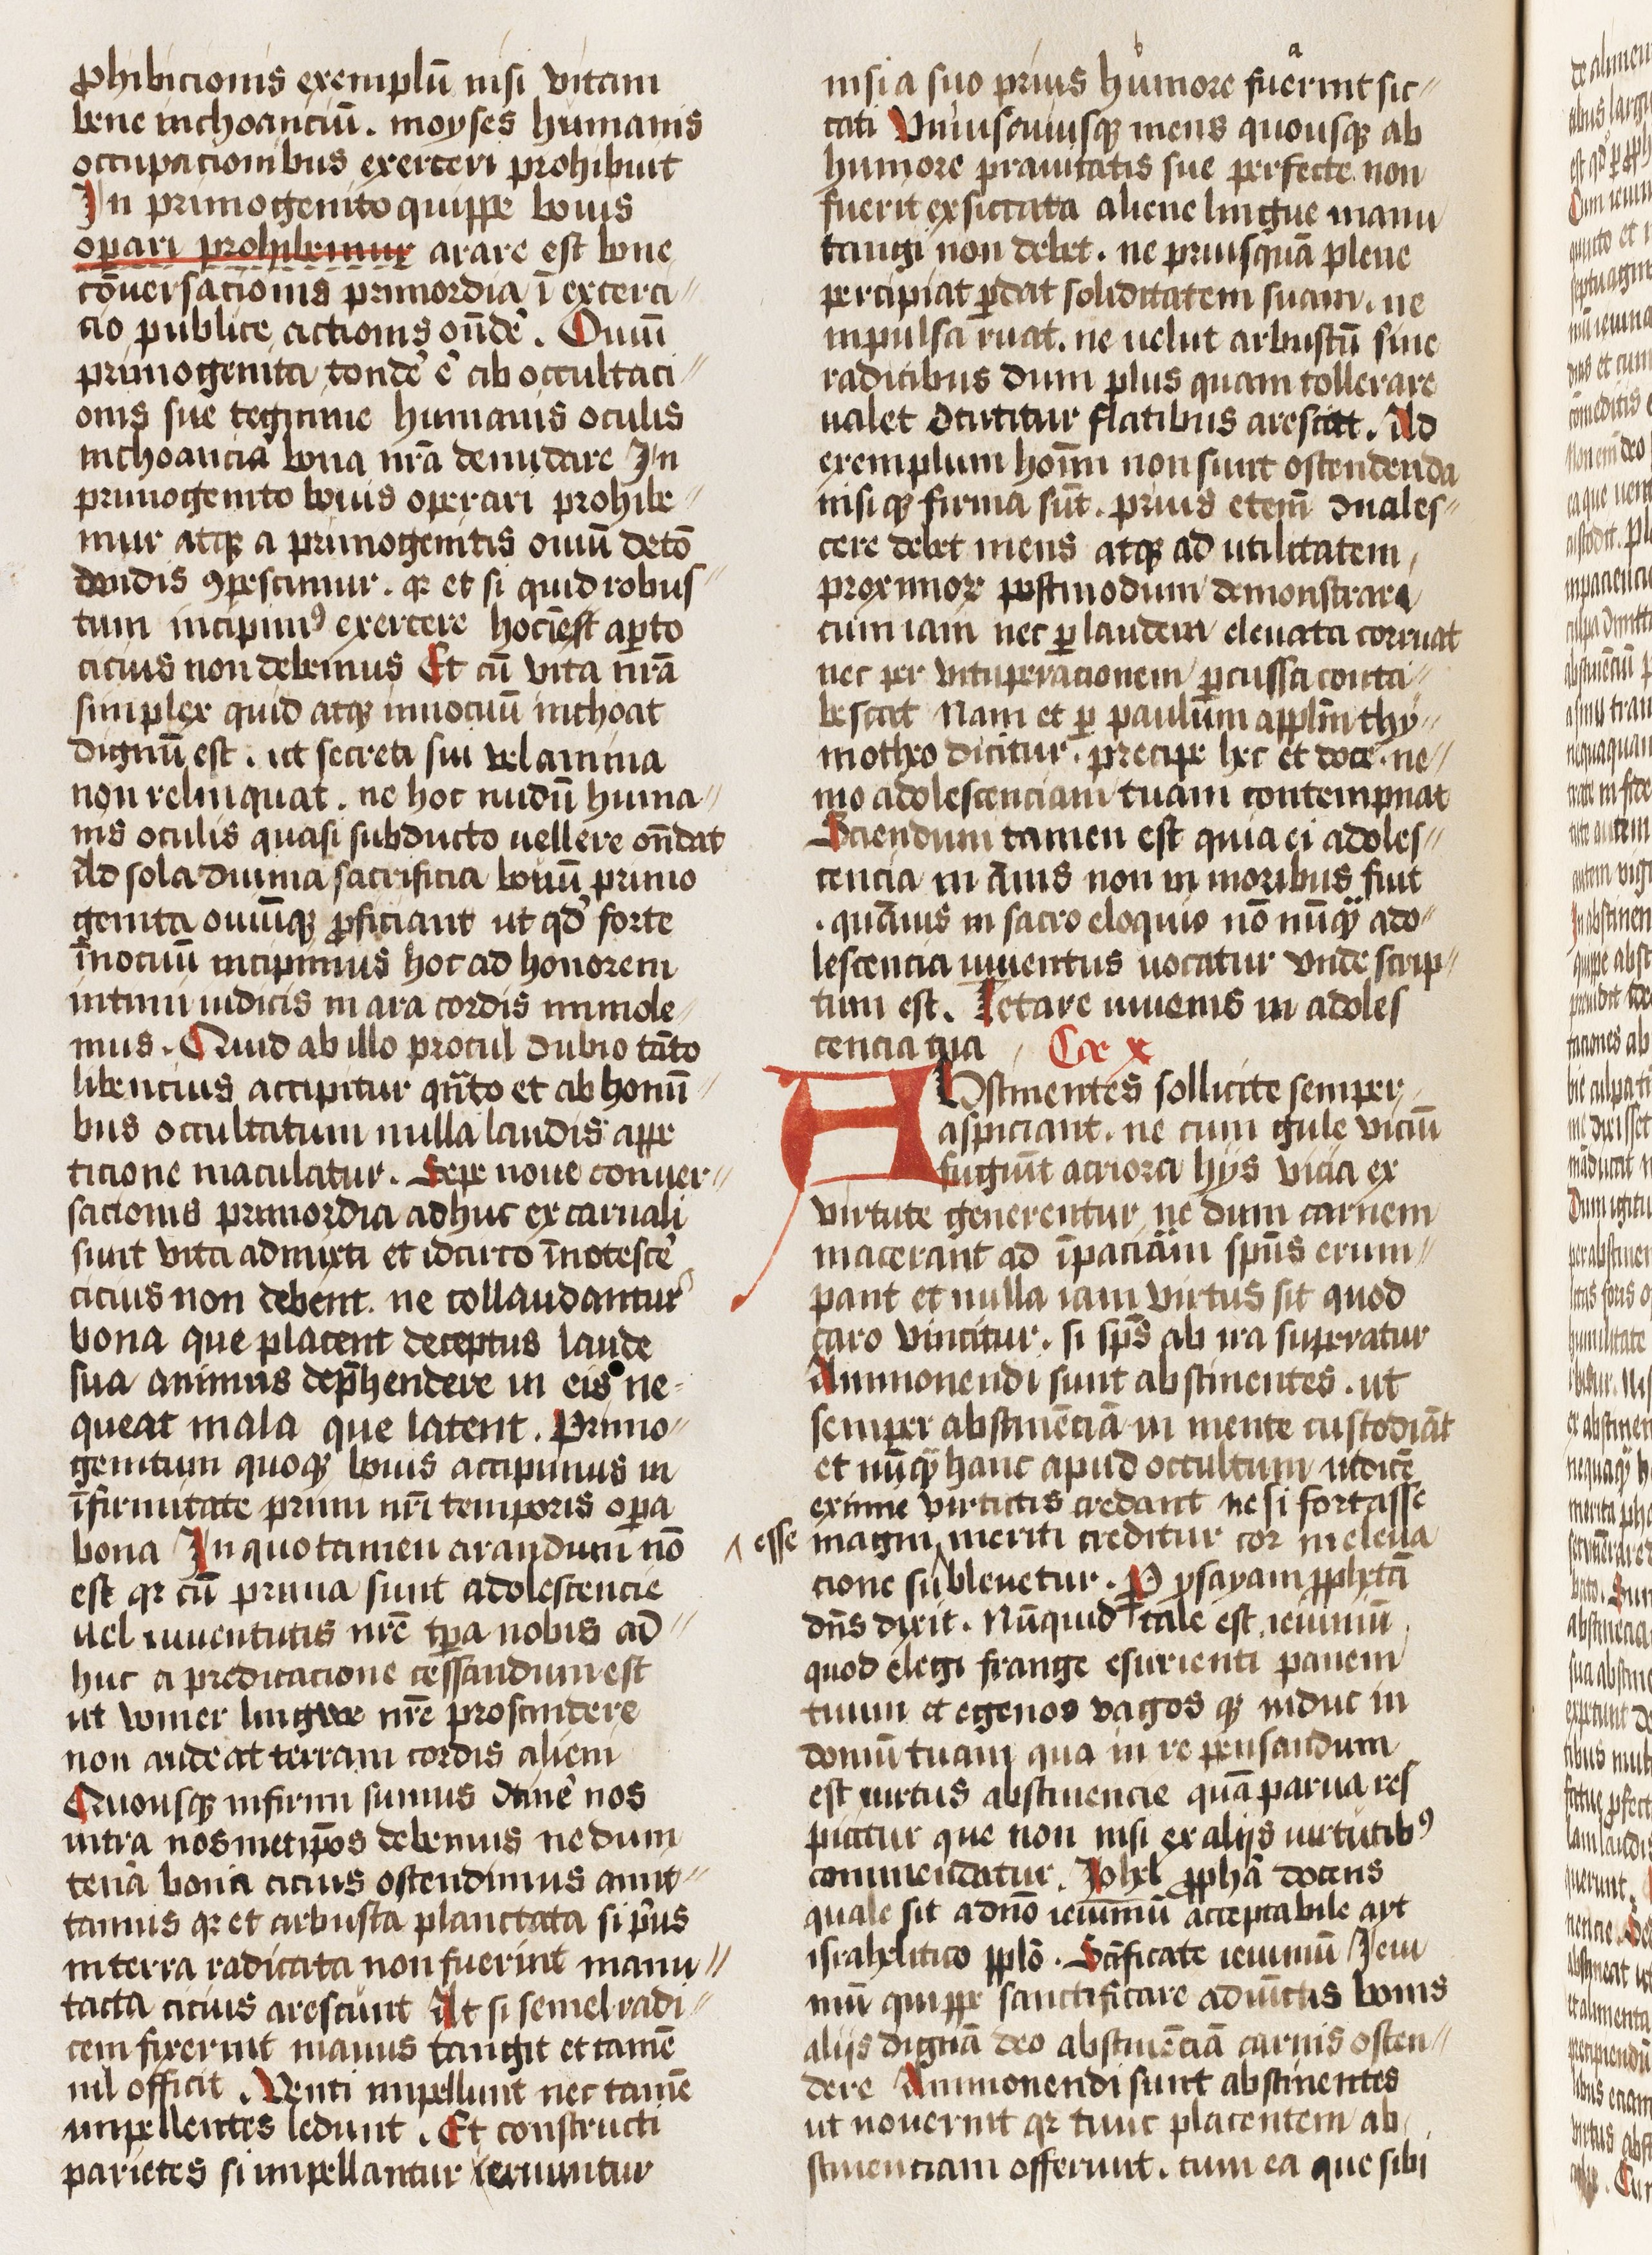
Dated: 1425–1474